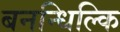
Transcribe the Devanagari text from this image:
बनन्धिल्कि